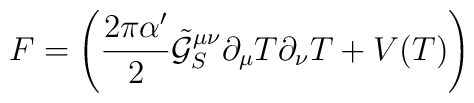
F=\left(\frac{2\pi\alpha'}{2}\tilde{\mathcal{G}}_S^{\mu\nu}  \partial_{\mu}T\partial_{\nu}T+V(T)\right)